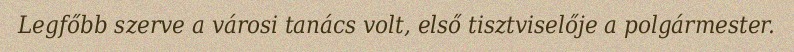
Legfőbb szerve a városi tanács volt, első tisztviselője a polgármester.